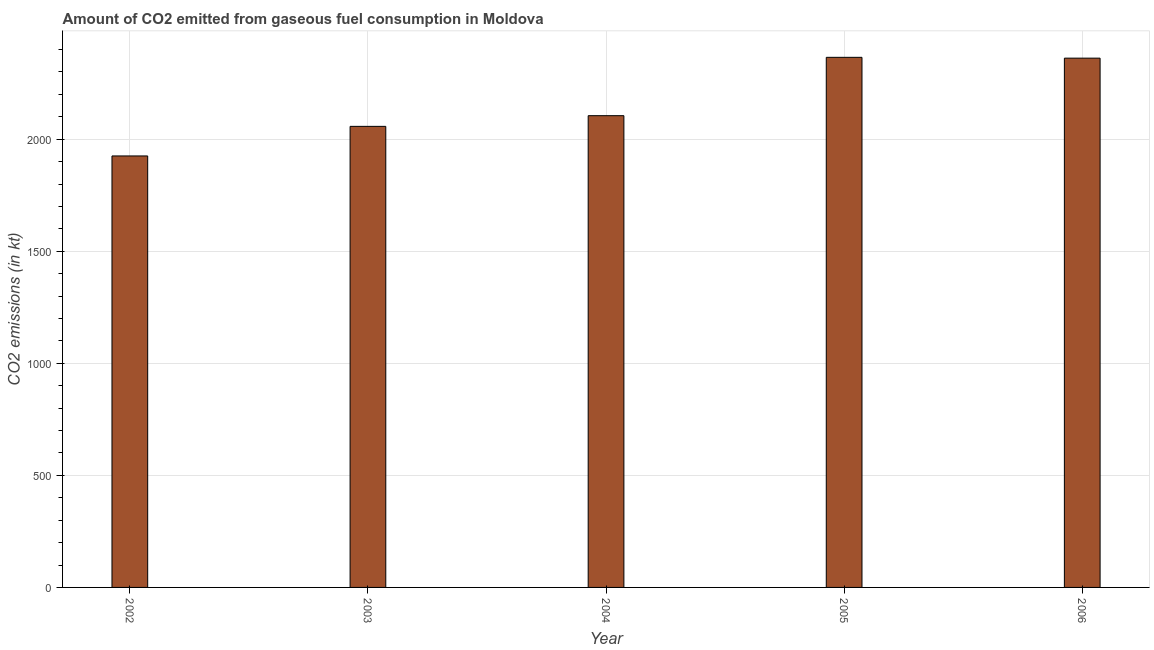
| Year | CO2 emissions from gaseous fuel consumption |
 | --- | --- |
 | 2002 | 1.93e+03 |
 | 2003 | 2.06e+03 |
 | 2004 | 2.1e+03 |
 | 2005 | 2.37e+03 |
 | 2006 | 2.36e+03 |